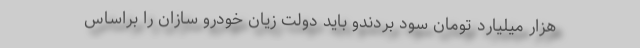
هزار میلیارد تومان سود بردندو باید دولت زیان خودرو سازان را براساس